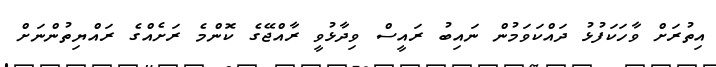
އިތުރަށް ވާހަކަފުޅު ދައްކަވަމުން ނައިބު ރައީސް ވިދާޅުވީ ރާއްޖޭގެ ކޮންމެ ރަށެއްގެ ރައްޔިތުންނަށް